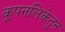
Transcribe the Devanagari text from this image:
कूपनलिकेतून